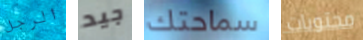
الرجل جيد سماحتك محتويات